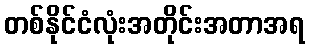
တစ်နိုင်ငံလုံးအတိုင်းအတာအရ